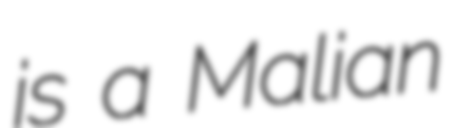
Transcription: is a Malian